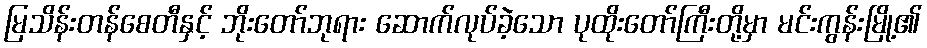
မြသိန်းတန်စေတီနှင့် ဘိုးတော်ဘုရား ဆောက်လုပ်ခဲ့သော ပုထိုးတော်ကြီးတို့မှာ မင်းကွန်းမြို့၏